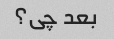
بعد چی؟